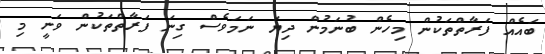
ބައެއް ފަރާތްތަކުން މިހެން ބުނަމުން ދިޔަ ނަމަވެސް ގިނަ ފަރާތްތަކުން ވަނީ މި